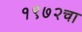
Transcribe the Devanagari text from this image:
१९७२चा